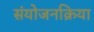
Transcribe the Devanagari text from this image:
संयोजनक्रिया